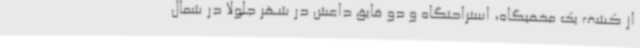
از کشف یک مخفیگاه، استراحتگاه و دو قایق داعش در شهر جلولا در شمال